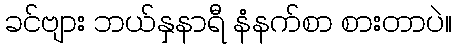
ခင်ဗျား ဘယ်နှနာရီ နံနက်စာ စားတာပဲ။